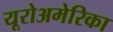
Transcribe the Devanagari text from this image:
यूरोअमेरिका